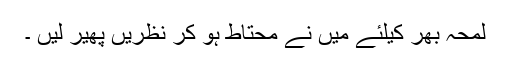
لمحہ بھر کیلئے میں نے محتاط ہو کر نظریں پھیر لیں ۔